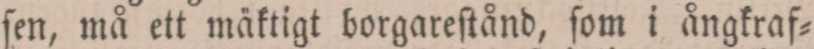
ſen, må ett mäktigt borgareſtånd, ſom i ångkraf=